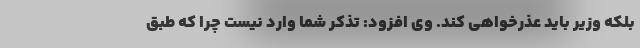
بلکه وزیر باید عذرخواهی کند. وی افزود: تذکر شما وارد نیست چرا که طبق